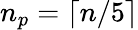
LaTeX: n_{p}=\lceil n/5\rceil